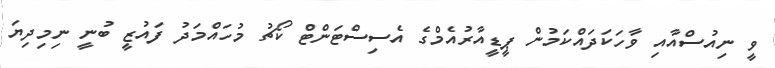
ވީ ނިއުސްއާއި ވާހަކަދައްކަމުން ޕީޑީއާރުއެމްގެ އެސިސްޓަންޓް ކޯޗު މުހައްމަދު ފައުޒީ ބުނީ ނިމިދިޔަ